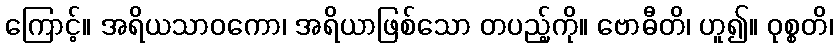
ကြောင့်။ အရိယသာဝကော၊ အရိယာဖြစ်သော တပည့်ကို။ ဗောဓီတိ၊ ဟူ၍။ ဝုစ္စတိ၊